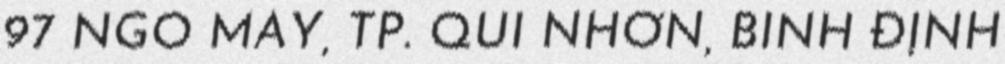
97 NGÔ MÂY, TP. QUI NHƠN, BÌNH ĐỊNH